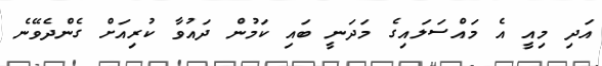
އަދި މިއީ އެ މައްސަލައިގެ މަދަނީ ބައި ކަމުން ދައުވާ ކުރިއަށް ގެންދެވޭނެ